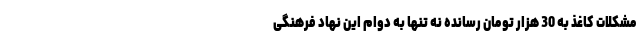
مشکلات کاغذ به 30 هزار تومان رسانده نه تنها به دوام این نهاد فرهنگی